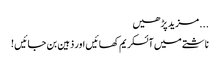
... مزید پڑھیں
ناشتے میں آئسکریم کھائیں اور ذہین بن جائیں !